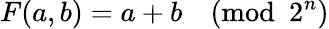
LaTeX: F(a,b)=a+b{\pmod{2^{n}}}